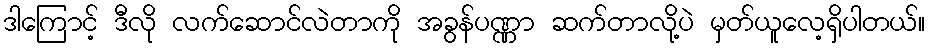
ဒါကြောင့် ဒီလို လက်ဆောင်လဲတာကို အခွန်ပဏ္ဏာ ဆက်တာလို့ပဲ မှတ်ယူလေ့ရှိပါတယ်။